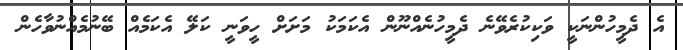
އެ ދެމީހުންނަކީ ވަކިކުރެވޭނެ ދެމީހުނެއްނޫން އެކަމަކު މަށަށް ހީވަނީ ކަލޭ އެކަމެއް ބޭނުމެއްނުވާހެން